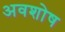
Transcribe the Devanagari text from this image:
अवशोष